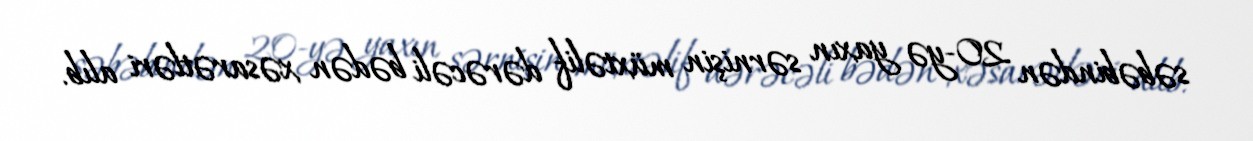
səbəbindən 20-yə yaxın sərnişin müxtəlif dərəcəli bədən xəsarətləri alıb.